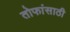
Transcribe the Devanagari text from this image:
तोफांसाठी